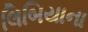
લિબિયાના